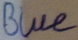
Text: Blue